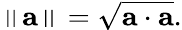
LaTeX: \left\| \mathbf{a}\right\| ={\sqrt{\mathbf{a}\cdot\mathbf{a}}}.